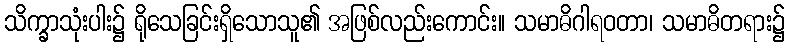
သိက္ခာသုံးပါး၌ ရိုသေခြင်းရှိသောသူ၏ အဖြစ်လည်းကောင်း။ သမာဓိဂါရဝတာ၊ သမာဓိတရား၌